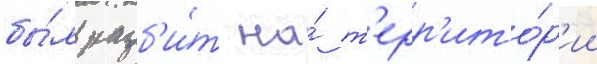
бы́л разб'и́т на́ т'ерр'ито́р'ии